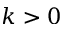
k > 0